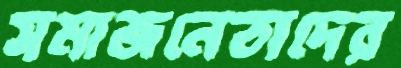
সমাজনেতাদের